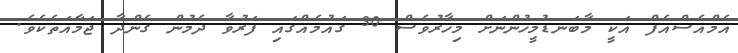
އެމްއެސްއެފް އަކީ މާބަނޑުމީހުންނަށް މިހާރުވެސް 30 ގައުމެއްގައި ފަރުވާ ދެމުން ގެންދާ ޖަމާއަތެކެވެ.